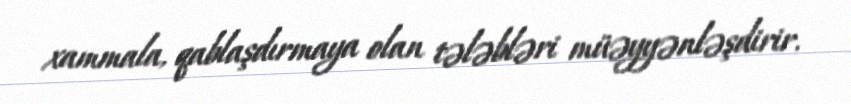
xammala, qablaşdırmaya olan tələbləri müəyyənləşdirir.